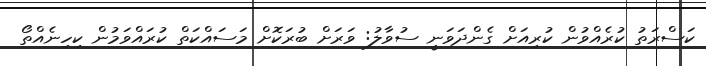
ކަސްރަތު ކުރެއްވުން ކުރިއަށް ގެންދަވަނީ ސުވާލު: ވަރަށް ބުރަކޮށް މަސައްކަތް ކުރައްވަމުން ކިހިނެއްތޯ